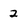
Character: 2